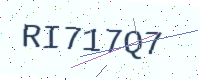
Text: RI717Q7